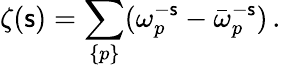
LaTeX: \zeta(\mathsf{s})=\sum_{\{ p\} }(\omega_{p}^{-\mathsf{s}}-\bar{{\omega}}_{p}^{-\mathsf{s}})\, {.}